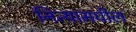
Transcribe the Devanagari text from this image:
नित्यामधील